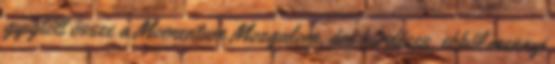
gyűjtött össze a Momentum Mozgalom, ám kérdéses, ebből mennyi